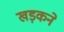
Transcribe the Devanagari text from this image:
खड़कने